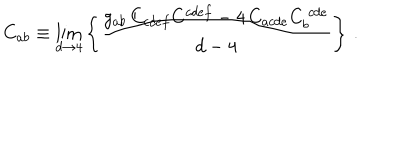
LaTeX: C _ { a b } \equiv \lim _ { d \rightarrow 4 } \left\{ { \frac { g _ { a b } \, C _ { c d e f } C ^ { c d e f } - 4 \, C _ { a c d e } C _ { b } ^ { \ c d e } } { d - 4 } } \right\} \, .